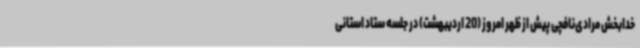
خدابخش مرادی‌نافچی پیش از ظهر امروز (20 اردیبهشت) در جلسه ستاد استانی